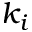
k _ { i }